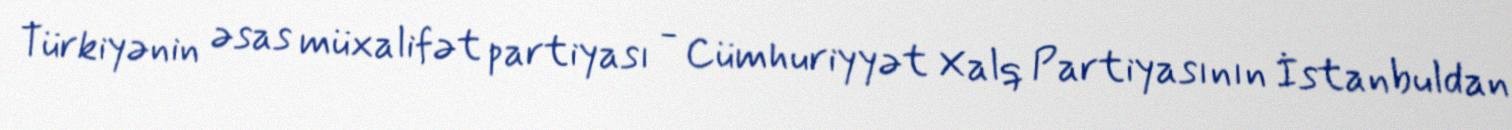
Türkiyənin əsas müxalifət partiyası - Cümhuriyyət Xalq Partiyasının İstanbuldan